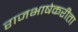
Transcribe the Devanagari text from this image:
राजभाषेकरीता